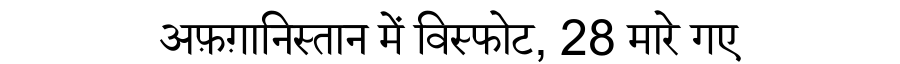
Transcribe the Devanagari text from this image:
अफ़ग़ानिस्तान में विस्फोट, 28 मारे गए